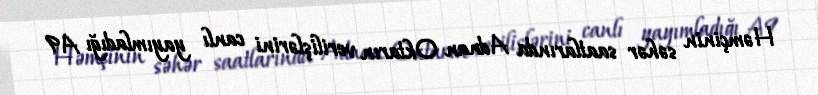
Həmçinin səhər saatlarında Adnan Oktarın verilişlərini canlı yayımladığı A9